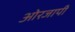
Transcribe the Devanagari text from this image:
ओरजापी